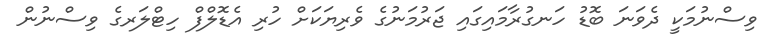
ވިސްނުމަކީ ދެވަނަ ބޮޑު ހަނގުރާމައިގައި ޖަރުމަނުގެ ވެރިޔަކަށް ހުރި އެޑޮލްފް ހިޓްލަރގެ ވިސްނުން